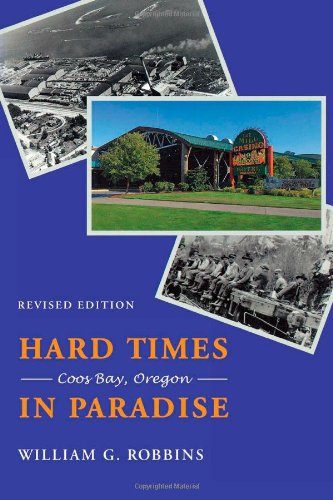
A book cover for Hard Times in Paradise: Coos Bay, Oregon, Revised Edition; William Robbins; Business & Money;